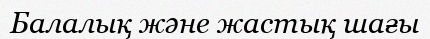
Балалық және жастық шағы